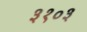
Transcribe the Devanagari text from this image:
३१०३